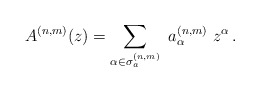
\begin{align*}A^{(n,m)}(z)=\sum_{\alpha\in \sigma_a^{(n,m)}} \ a^{(n,m)}_\alpha \ z^\alpha\,. \end{align*}